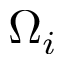
\Omega _ { i }